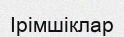
Ірімшіклар